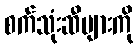
စက်သုံးဆီများကို